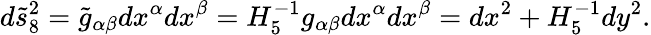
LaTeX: d\tilde{s}_{8}^{2}=\tilde{g}_{\alpha\beta}dx^{\alpha}dx^{\beta}=H_{5}^{-1}g_{\alpha\beta}dx^{\alpha}dx^{\beta}=dx^{2}+H_{5}^{-1}dy^{2}.